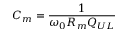
C _ { m } = \frac { 1 } { \omega _ { 0 } R _ { m } Q _ { U L } }